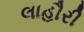
લાહૌરી